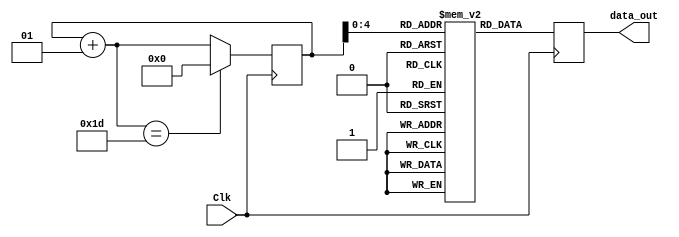
`timescale 1ns / 1ps

module sinewave_gen(
    input Clk,
    output reg [7:0] data_out); 
    reg [7:0] sine [0:29]; 
    integer i;  

    initial begin
        i = 0;
        sine[0] = 0;
        sine[1] = 16;
        sine[2] = 31;
        sine[3] = 45;
        sine[4] = 58;
        sine[5] = 67;
        sine[6] = 74;
        sine[7] = 77;
        sine[8] = 77;
        sine[9] = 74;
        sine[10] = 67;
        sine[11] = 58;
        sine[12] = 45;
        sine[13] = 31;
        sine[14] = 16;
        sine[15] = 0;
        sine[16] = -16;
        sine[17] = -31;
        sine[18] = -45;
        sine[19] = -58;
        sine[20] = -67;
        sine[21] = -74;
        sine[22] = -77;
        sine[23] = -77;
        sine[24] = -74;
        sine[25] = -67;
        sine[26] = -58;
        sine[27] = -45;
        sine[28] = -31;
        sine[29] = -16;
    end
    
    always@ (posedge(Clk))
    begin
        data_out = sine[i];
        i = i+ 1;
        if(i == 29) i = 0;
    end

endmodule